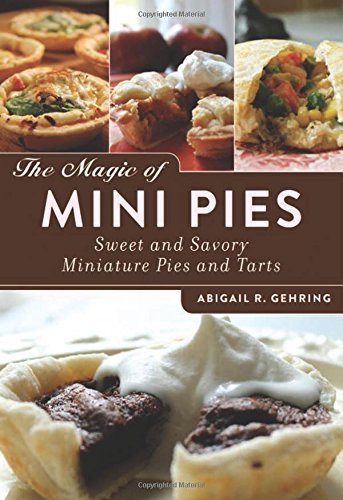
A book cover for The Magic of Mini Pies: Sweet and Savory Miniature Pies and Tarts; Abigail R. Gehring; Cookbooks, Food & Wine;